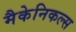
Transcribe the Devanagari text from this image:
मैकेनिकल्स